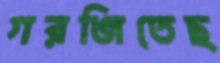
গরজিতেছ